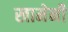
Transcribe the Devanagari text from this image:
खामेनी